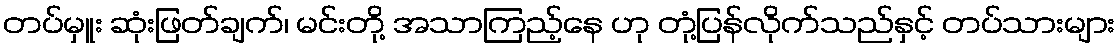
တပ်မှူး ဆုံးဖြတ်ချက်၊ မင်းတို့ အသာကြည့်နေ ဟု တုံ့ပြန်လိုက်သည်နှင့် တပ်သားများ